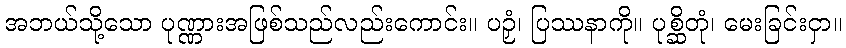
အဘယ်သို့သော ပုဏ္ဏားအဖြစ်သည်လည်းကောင်း။ ပဉှံ၊ ပြဿနာကို။ ပုစ္ဆိတုံ၊ မေးခြင်းငှာ။